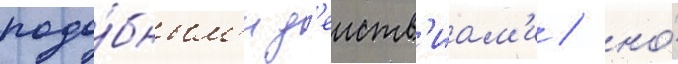
подо́бным'и д'еиств'иам'и / но́